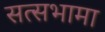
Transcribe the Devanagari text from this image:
सत्सभामा